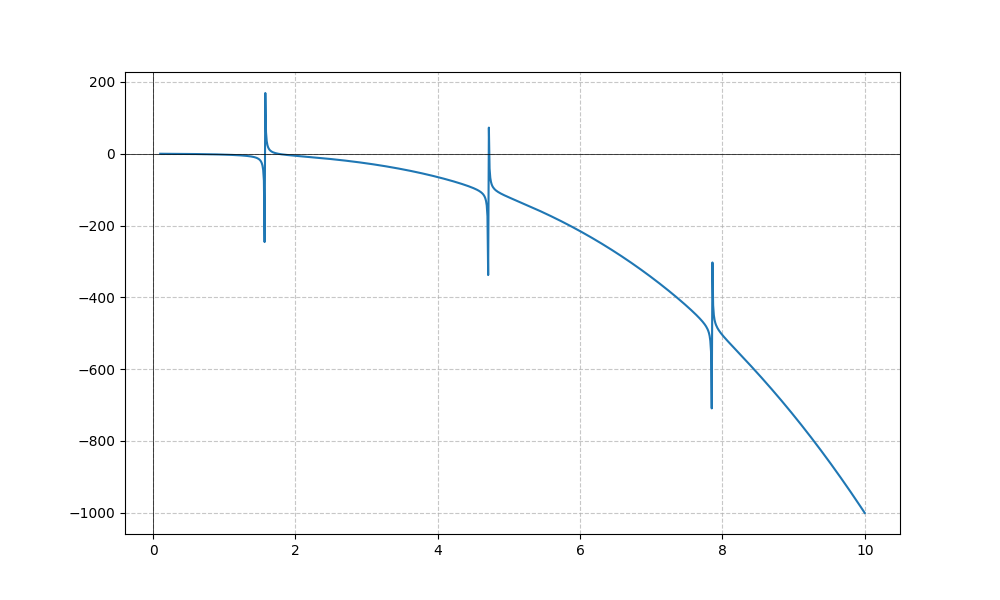
LaTeX formula: - x^{3} - \tan{\left(x \right)}